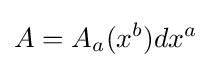
A=A_{a}(x^{b})dx^{a}